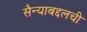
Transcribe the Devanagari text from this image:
सैन्याबद्दलची